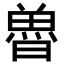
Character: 𮫲